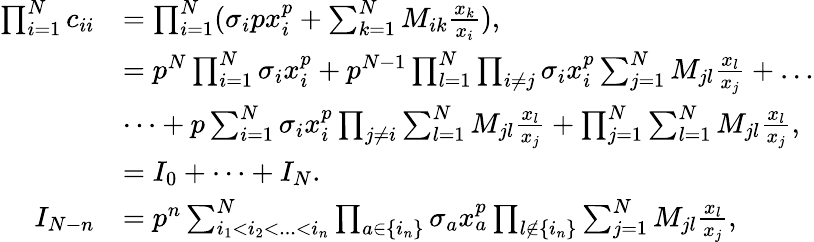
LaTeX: \begin{array}{rl}{\prod_{i=1}^{N}c_{ii}}&{=\prod_{i=1}^{N}(\sigma_{i}px_{i}^{p}+\sum_{k=1}^{N}M_{ik}\frac{x_{k}}{x_{i}}),}\\ &{=p^{N}\prod_{i=1}^{N}\sigma_{i}x_{i}^{p}+p^{N-1}\prod_{l=1}^{N}\prod_{i\neq j}\sigma_{i}x_{i}^{p}\sum_{j=1}^{N}M_{jl}\frac{x_{l}}{x_{j}}+\dots}\\ &{\dots+p\sum_{i=1}^{N}\sigma_{i}x_{i}^{p}\prod_{j\neq i}\sum_{l=1}^{N}M_{jl}\frac{x_{l}}{x_{j}}+\prod_{j=1}^{N}\sum_{l=1}^{N}M_{jl}\frac{x_{l}}{x_{j}},}\\ &{=I_{0}+\dots+I_{N}.}\\ {I_{N-n}}&{=p^{n}\sum_{i_{1}<i_{2}<...<i_{n}}^{N}\prod_{a\in\{ i_{n}\} }\sigma_{a}x_{a}^{p}\prod_{l\not\in\{ i_{n}\} }\sum_{j=1}^{N}M_{jl}\frac{x_{l}}{x_{j}},}\end{array}